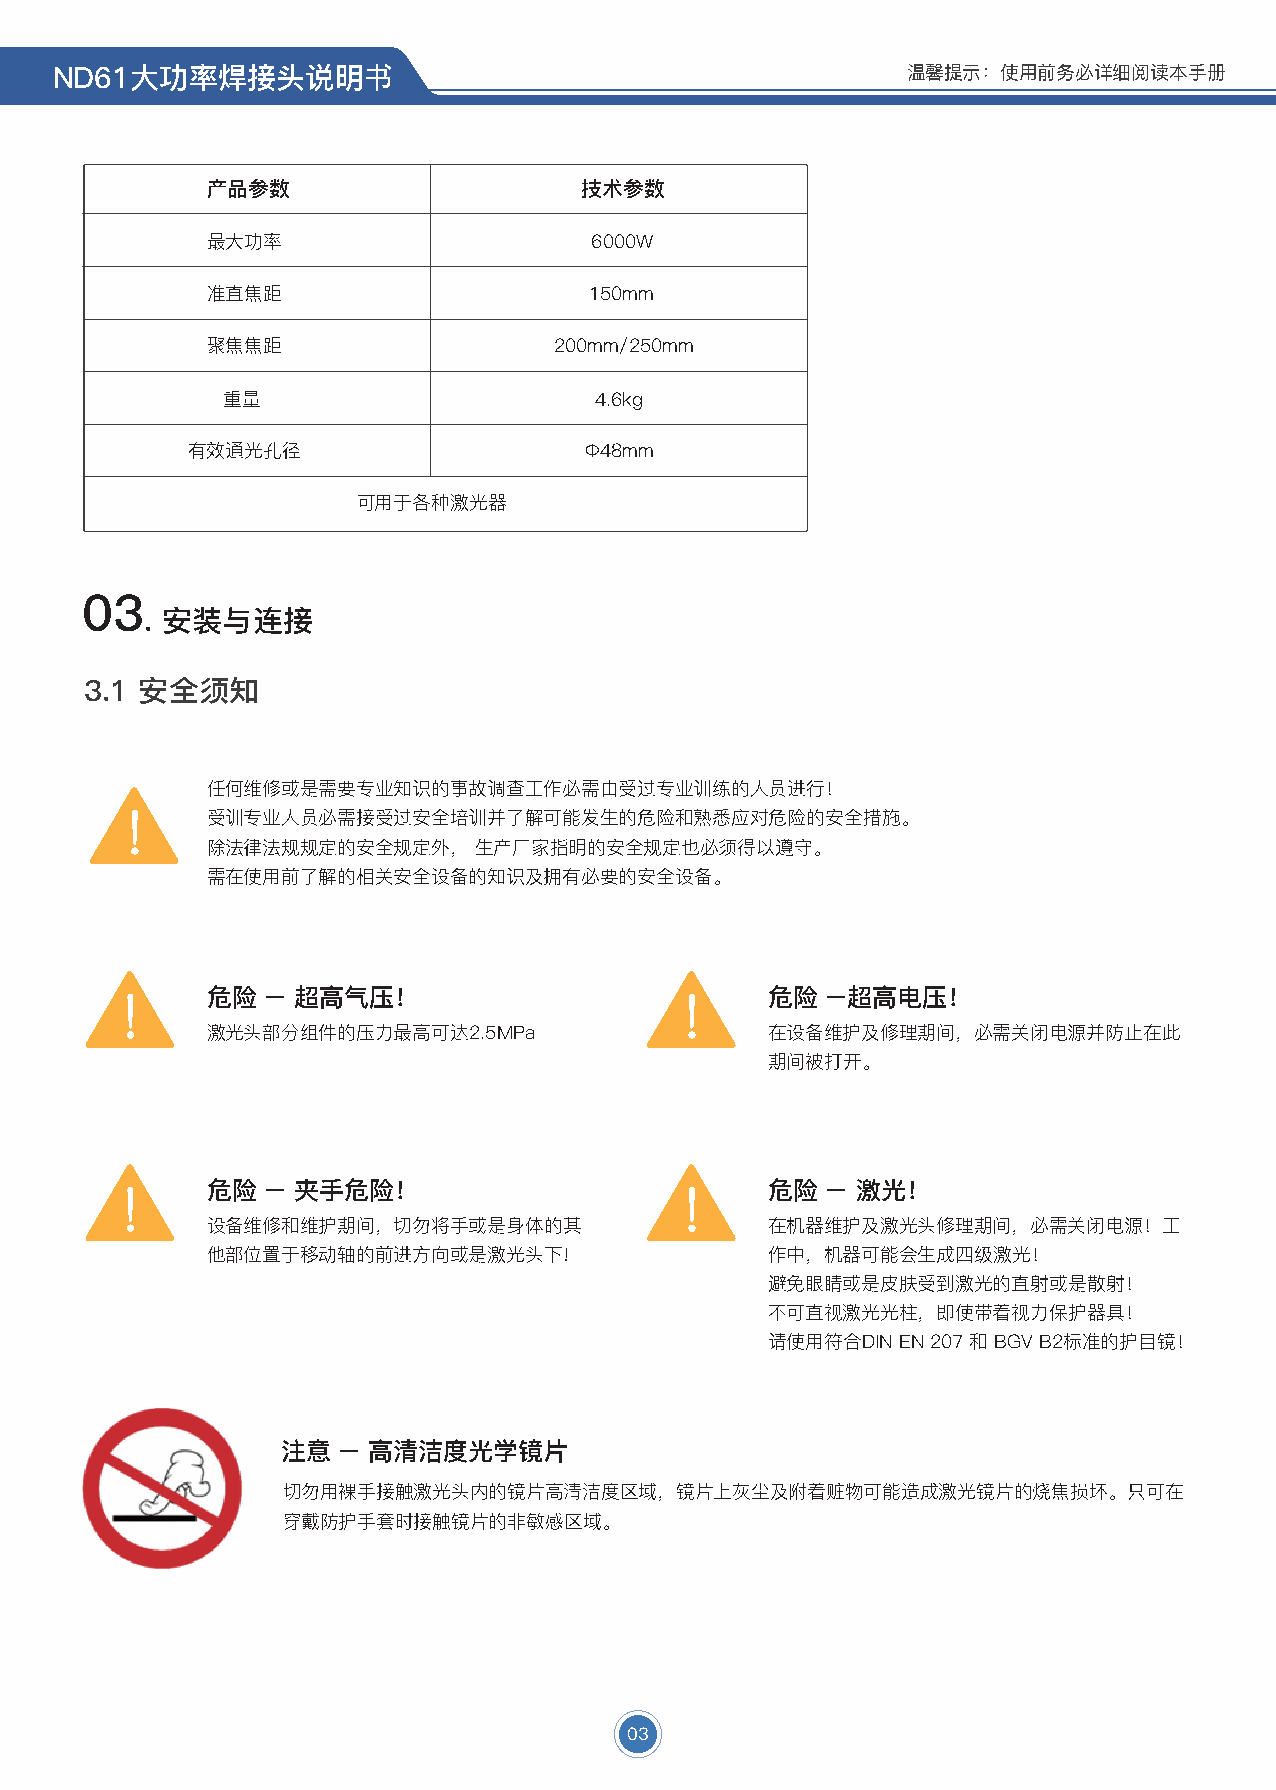
ND61大功率焊接头说明书                                           温馨提示：使用前务必详细阅读本手册
 产品参数                    技术参数
 最大功率                     6000W
 准直焦距                     150mm
 聚焦焦距                   200mm/250mm
 重量                      4.6kg
 有效通光孔径                     Ф48mm
 可用于各种激光器
 03
 . 安装与连接
 3.1 安全须知
 任何维修或是需要专业知识的事故调查工作必需由受过专业训练的人员进行！
 受训专业人员必需接受过安全培训并了解可能发生的危险和熟悉应对危险的安全措施。
 除法律法规规定的安全规定外，   生产厂家指明的安全规定也必须得以遵守。
 需在使用前了解的相关安全设备的知识及拥有必要的安全设备。
 危险  – 超高气压！                          危险  –超高电压！
 激光头部分组件的压力最高可达2.5MPa                 在设备维护及修理期间，必需关闭电源并防止在此
 期间被打开。
 危险  – 夹手危险！                          危险  – 激光！
 设备维修和维护期间，切勿将手或是身体的其                 在机器维护及激光头修理期间，必需关闭电源！工
 他部位置于移动轴的前进方向或是激光头下!                 作中，机器可能会生成四级激光！
 避免眼睛或是皮肤受到激光的直射或是散射！
 不可直视激光光柱，即使带着视力保护器具！
 请使用符合DIN EN 207 和 BGV B2标准的护目镜！
 注意 – 高清洁度光学镜片
 切勿用裸手接触激光头内的镜片高清洁度区域，镜片上灰尘及附着赃物可能造成激光镜片的烧焦损坏。只可在
 穿戴防护手套时接触镜片的非敏感区域。
 03